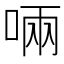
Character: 啢